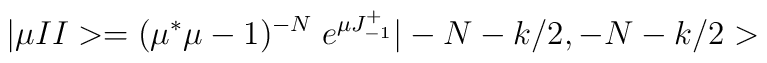
|\mu II>=(\mu^*\mu-1)^{-N}\;e^{\mu J^+_{-1}}|-N-k/2, -N-k/2>